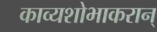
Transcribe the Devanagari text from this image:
काव्यशोभाकरान्